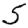
Digit: 5